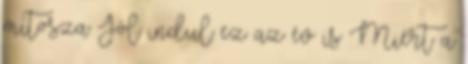
mítosza Jól indul ez az év is Miért a